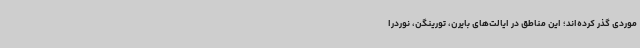
موردی گذر کرده‌اند؛ این مناطق در ایالت‌های بایرن، تورینگن، نوردرا